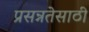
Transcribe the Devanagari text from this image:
प्रसन्नतेसाठी